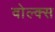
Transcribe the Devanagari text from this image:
वोल्क्स